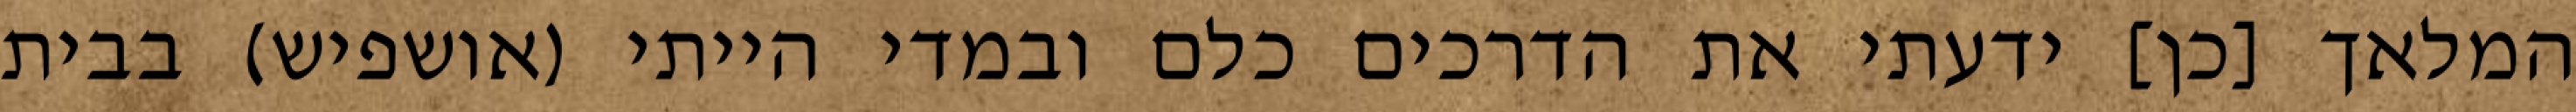
המלאך [כן] ידעתי את הדרכים כלם ובמדי הייתי (אושפיש) בבית